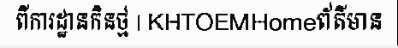
ពីការដ្ឋានកិនថ្ម | KHTOEMHomeព័ត៌មាន